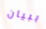
ببيان